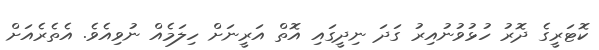
ކޮޓަރީގެ ދޮރު ހުޅުވުނުއިރު ގަދަ ނިދީގައި އޮތް އަރީނަށް ހިލަމެއް ނުވިއެވެ. އެތެރެއަށް